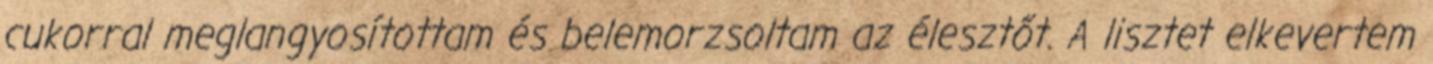
cukorral meglangyosítottam és belemorzsoltam az élesztőt. A lisztet elkevertem